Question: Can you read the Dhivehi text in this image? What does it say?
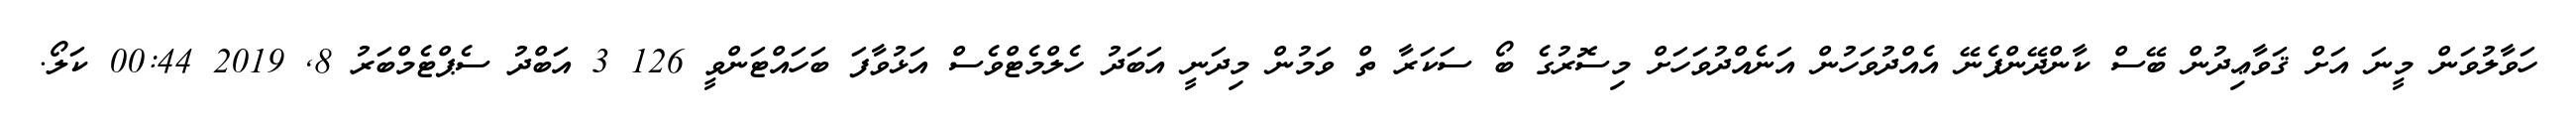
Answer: ހަވާލުވަން މީނަ އަށް ޤަވާޢިދުން ބޭސް ކާންދޭންފެނޭ އެއްދުވަހުން އަނެއްދުވަހަށް މިސޮރުގެ ބޯ ސަކަރާ ތް ވަމުން މިދަނީ އަބަދު ހެލްމެޓްވެސް އަޅުވާފަ ބަހައްޓަންވީ 126 3 އަބްދު ސެޕްޓެމްބަރު 8, 2019 00:44 ކަލޯ.